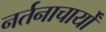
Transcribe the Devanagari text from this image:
नर्तनाचार्यों